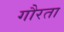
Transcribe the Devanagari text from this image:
गौरता